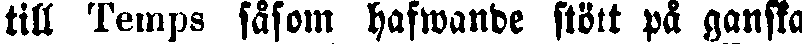
till Temps såsom, hafwanbe stött på ganska